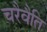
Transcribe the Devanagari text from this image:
चरैवैति